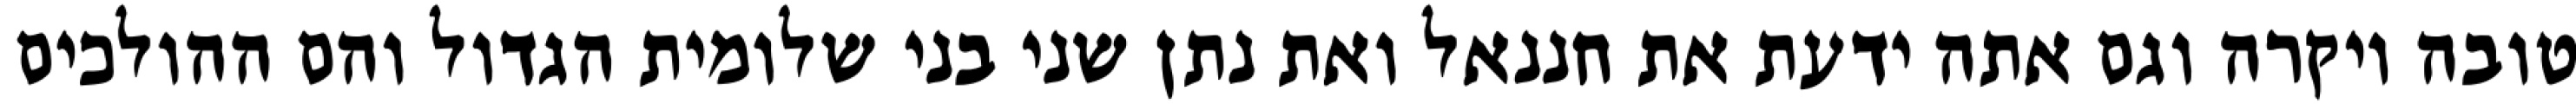
טובה ויקרה וגם אתה ידעת את חננאל ואת נתן שני בני שלומית הגדול והם ההולכים